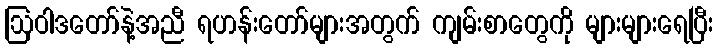
ဩဝါဒတော်နဲ့အညီ ရဟန်းတော်များအတွက် ကျမ်းစာတွေကို များများရေပြီး